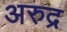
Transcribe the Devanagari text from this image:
अरुद्र